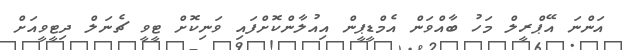
އަންނަ އޭޕްރީލް މަހު ބާއްވަން އެމްޑީޕީން އިއުލާންކޮށްފައި ވަނިކޮށް ޓީވީ ޗެނަލް ދިޓީވީއަށް